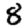
Digit: 8